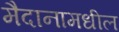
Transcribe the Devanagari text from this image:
मैदानामधील